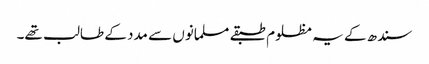
سندھ کے یہ مظلوم طبقے مسلمانوں سے مدد کے طالب تھے۔